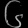
Digit: ၆